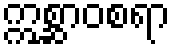
ဣစ္ဆာဝစရာ